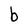
Character: b